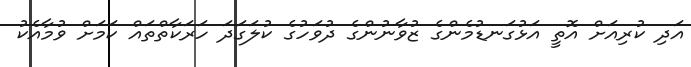
އަދި ކުރިއަށް އޮތީ އަޅުގަނޑުމެންގެ ޒުވާނުންގެ ދުވަހުގެ ކުލަގަދަ ހަރަކާތްތައް ކަމަށް ވުމާއެކު